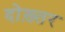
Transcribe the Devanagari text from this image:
दोख़्तर